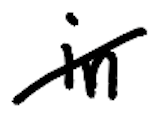
Text: in
Cross-out: diagonal
Writing tool: digital_black